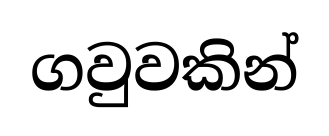
ගවුවකින්